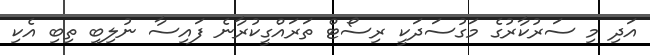
އަދި މި ސަރުކާރުގެ މަގުސަދަކީ ރިސޯޓް ތަރައްގީކުރާނެ ފައިސާ ނުލިބި ތިބި އެކި